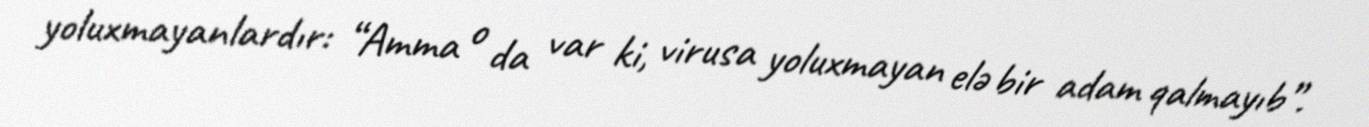
yoluxmayanlardır: “Amma o da var ki, virusa yoluxmayan elə bir adam qalmayıb”.